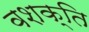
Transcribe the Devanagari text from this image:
वशक्ति